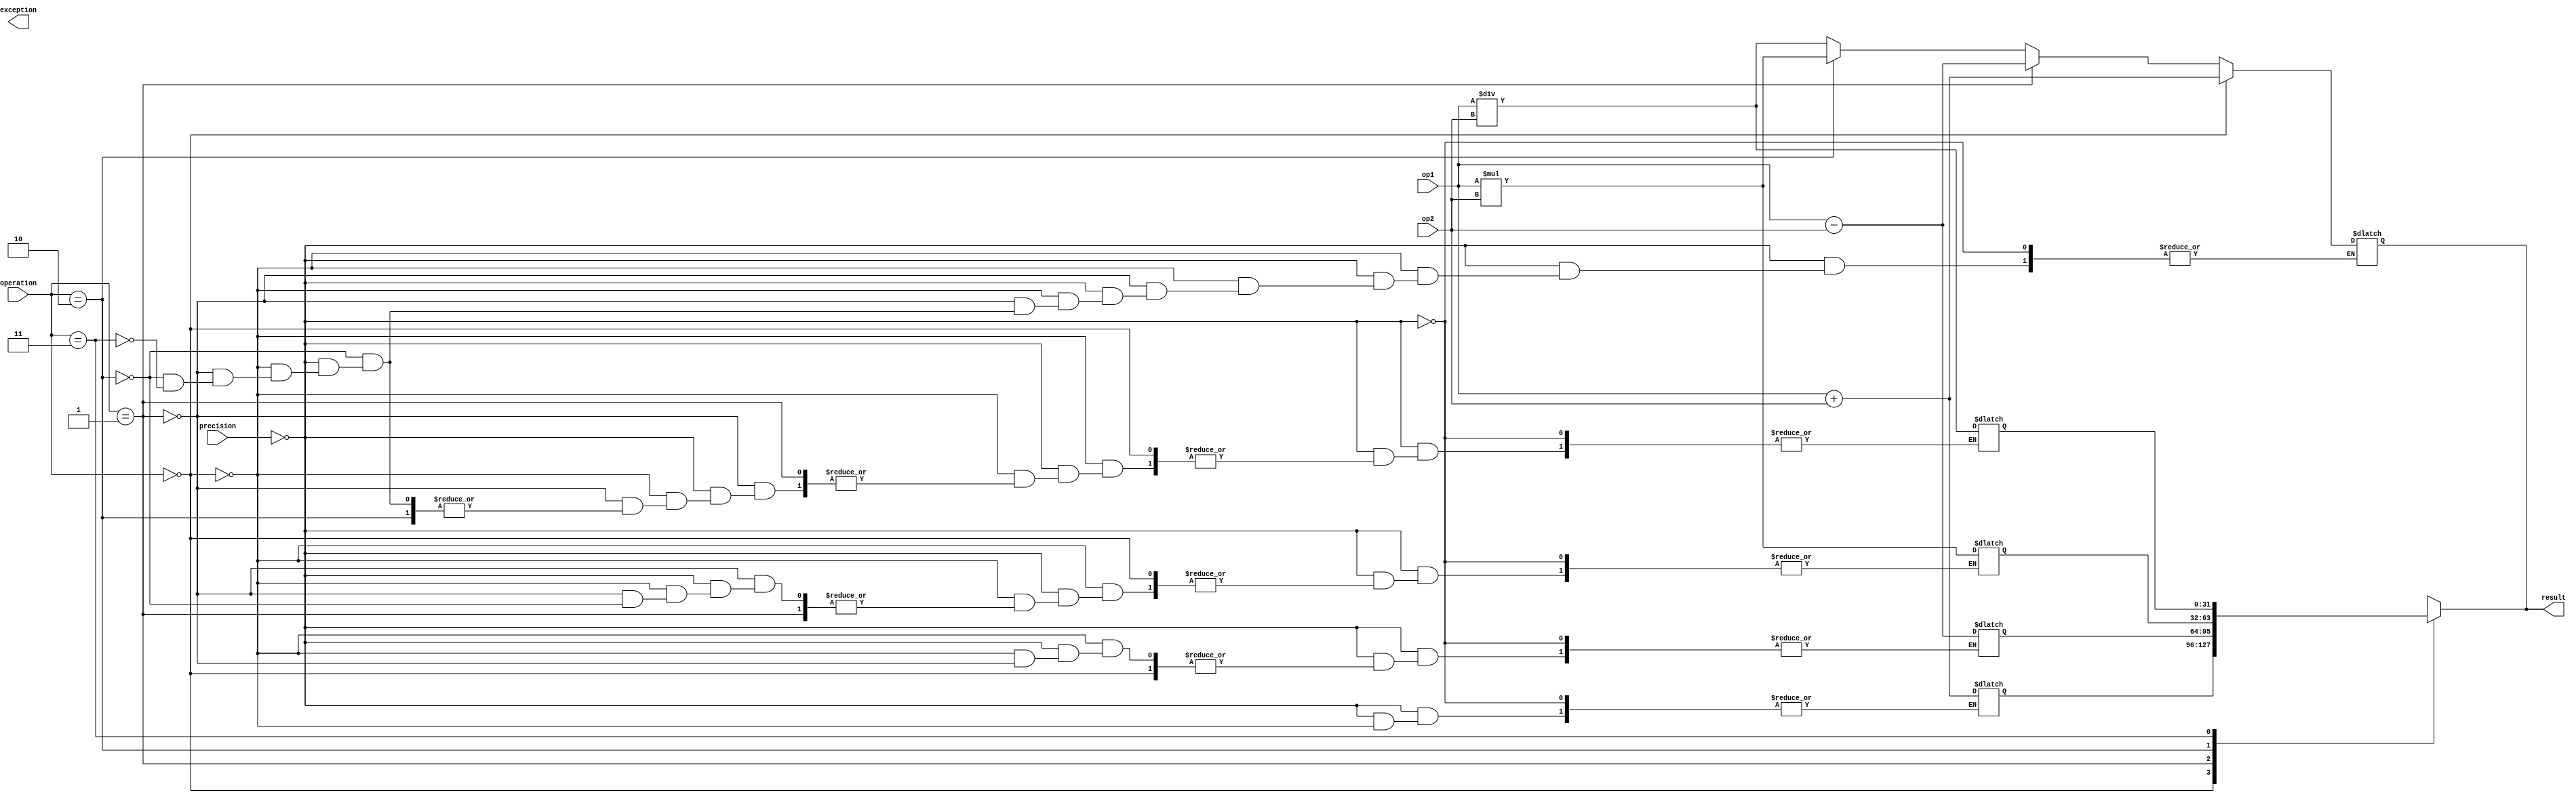
module mixed_precision_fpu (
  input [31:0] op1,
  input [31:0] op2,
  input [1:0] precision,
  input [1:0] operation,
  output reg [31:0] result,
  output reg [1:0] exception
);

reg [31:0] add_result, sub_result, mul_result, div_result;
reg [1:0] exponent_diff;

always @ (*) begin
  case(operation)
    2'b00: begin // Addition
      result = add_result;
    end
    2'b01: begin // Subtraction
      result = sub_result;
    end
    2'b10: begin // Multiplication
      result = mul_result;
    end
    2'b11: begin // Division
      result = div_result;
    end
  endcase
end

always @ (*) begin
  case(precision)
    2'b00: begin // Single precision
      if(operation == 2'b00) begin
        add_result = op1 + op2;
        result = add_result;
      end
      else if(operation == 2'b01) begin
        sub_result = op1 - op2;
        result = sub_result;
      end
      else if(operation == 2'b10) begin
        mul_result = op1 * op2;
        result = mul_result;
      end
      else if(operation == 2'b11) begin
        div_result = op1 / op2;
        result = div_result;
      end
    end
    2'b01: begin // Double precision
      // Perform operations considering double precision
    end
    2'b10: begin // Quadruple precision
      // Perform operations considering quadruple precision
    end
  endcase
end

endmodule